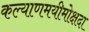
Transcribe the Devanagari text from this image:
कल्याणमयीमोक्षदा